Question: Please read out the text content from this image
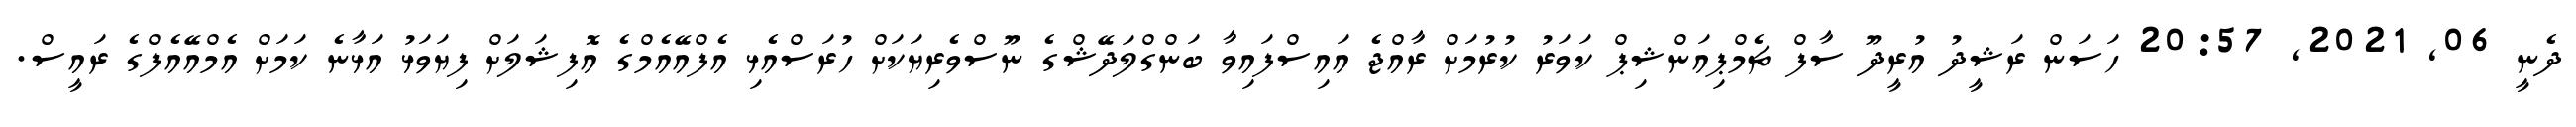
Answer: ދެނީ 06, 2021, 20:57 ހަސަން ރަޝީދު އުރީދޫ ސާފް ޗެމްޕިއަންޝިޕް ކަވަރު ކުރުމަށް ރާއްޖެ އައިސްފައިވާ ބަންގްލަދޭޝްގެ ނޫސްވެރިޔަކަށް ހުރަސްއެޅި އެފްއޭއެމްގެ އޮފިޝަލަށް ފިޔަވަޅު އަޅާނެ ކަމަށް އެމްއޭއެފްގެ ރައީސް.